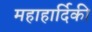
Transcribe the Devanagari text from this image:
महाहार्दिकी